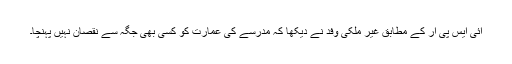
آئی ایس پی آر کے مطابق غیر ملکی وفد نے دیکھا کہ مدرسے کی عمارت کو کسی بھی جگہ سے نقصان نہیں پہنچا۔